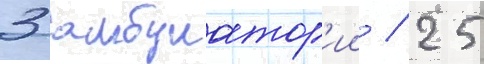
3 амбулатор'ии / 25